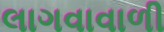
લાગવાવાળી